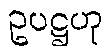
ဥပဋ္ဌဟု